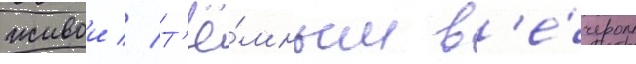
живои // Т'ё́мным в'е́чером